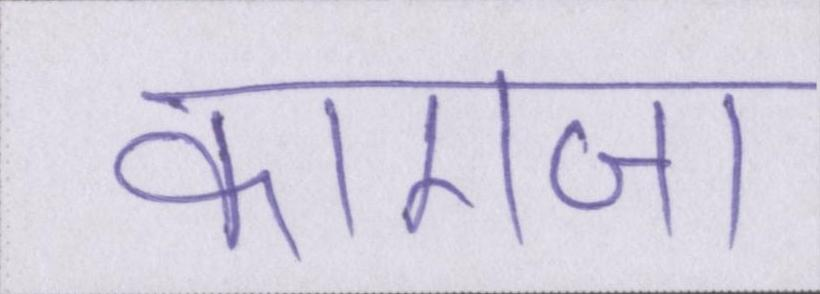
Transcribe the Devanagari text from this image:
कागजा